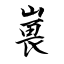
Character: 嵔